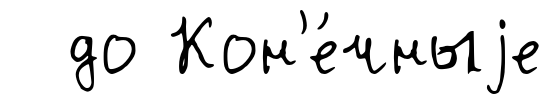
до Кон'е́чныjе